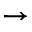
\rightarrow